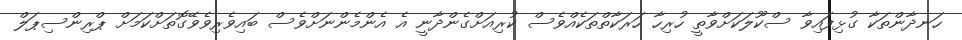
ހަނދާންތަކާ ގުޅިފައިވާ ސްކޫލަކަށްވާތީ ހުރިހާ ހަރަކާތްތަކެއްވެސް ކުރިއަށްގެންދާނީ އެ އެންމެންނަށްވެސް ބައިވެރިވެވޭގޮތަށްކަމަށް ޕްރިންސިޕަލް